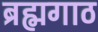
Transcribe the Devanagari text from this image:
ब्रह्मगाठ